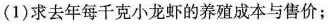
(1)求去年每千克小龙虾的养殖成本与售价；